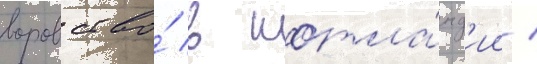
воровство́ в шотла́нд'ии /